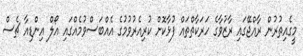
މީގެއިތުރުން ރާއްޖޭގައި ރާޒުވާގެ ހަރަކާތްތައް ފުޅާކޮށް ކުރިއެރުވުމުގެ އެއްބަސްވުމެއްގައި އޯލް އިންޑިއާ ޗެސް